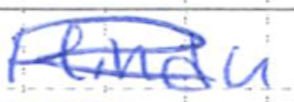
Text: Hindu
Cross-out: mix
Writing tool: ballpoint